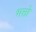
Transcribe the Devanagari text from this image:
भत्तो